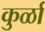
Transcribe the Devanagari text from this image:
कुर्ळा